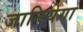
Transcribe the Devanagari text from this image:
जानियेगा